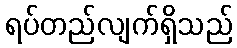
ရပ်တည်လျက်ရှိသည်